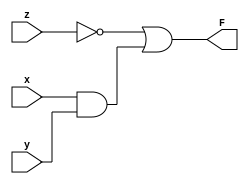
//F = (!z)|(x&y);
module one(input x,input y,input z,output F);
 // output a,b,c,d,e,f,g;
  //input x,y,z;
  wire p,m ;
  and(p,x,y);
  not (m,z);
  or (F,m,p);
 
  

  /*  not (a,z);
    not (b,1);
    not (c,1);
    not (d,z);
    not (e,z);
    not (f,z);
    not (g,0); */
 
endmodule